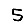
Digit: 5